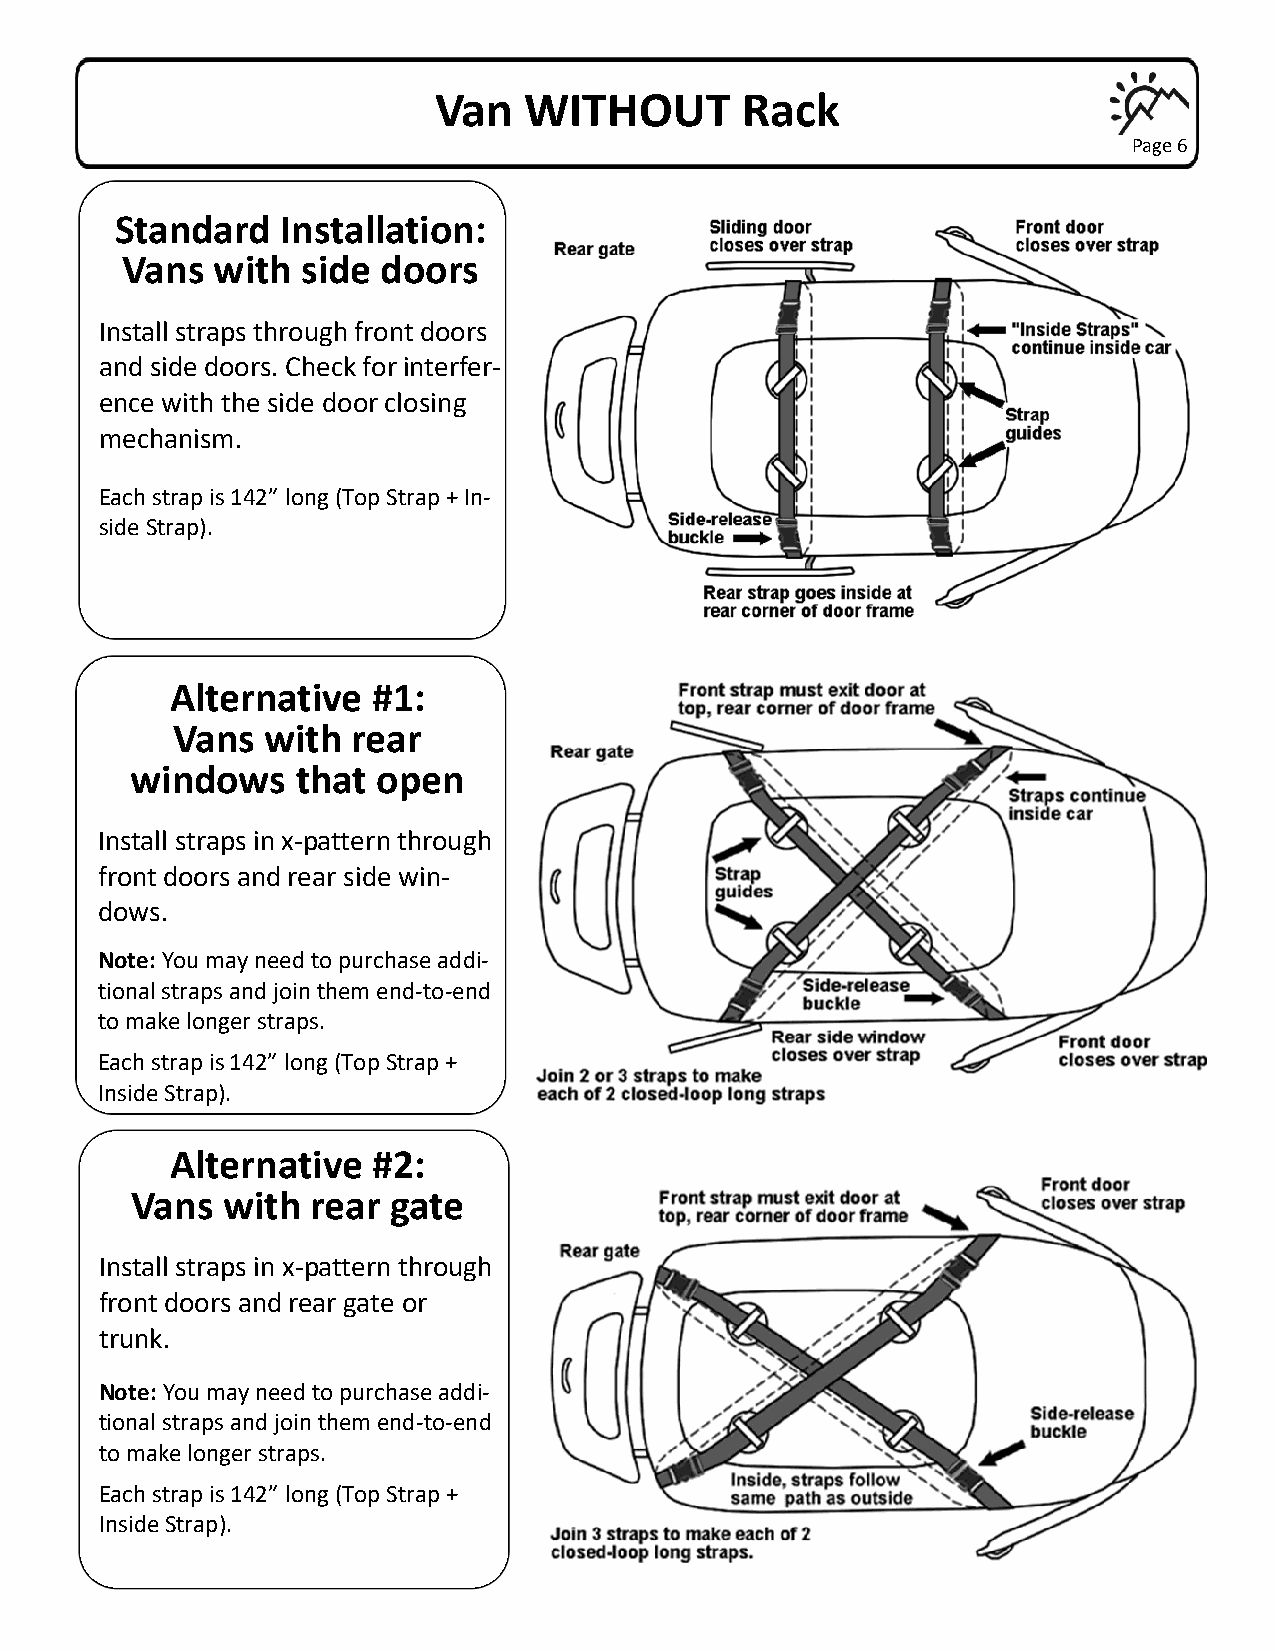
Van   WITHOUT       Rack
 Page 6
 Standard   Installation:
 Vans  with  side doors
 Install straps through front doors
 and side doors. Check for interfer-
 ence with the side door closing
 mechanism.
 Each strap is 142” long (Top Strap + In-
 side Strap).
 Alternative   #1:
 Vans  with  rear
 windows    that open
 Install straps in x-pattern through
 front doors and rear side win-
 dows.
 Note: You may need to purchase addi-
 tional straps and join them end-to-end
 to make longer straps.
 Each strap is 142” long (Top Strap +
 Inside Strap).
 Alternative   #2:
 Vans  with  rear gate
 Install straps in x-pattern through
 front doors and rear gate or
 trunk.
 Note: You may need to purchase addi-
 tional straps and join them end-to-end
 to make longer straps.
 Each strap is 142” long (Top Strap +
 Inside Strap).